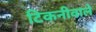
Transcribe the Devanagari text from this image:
टिकनीवाले